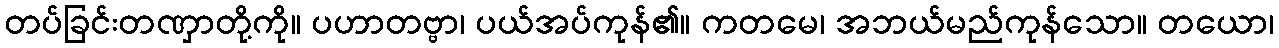
တပ်ခြင်းတဏှာတို့ကို။ ပဟာတဗ္ဗာ၊ ပယ်အပ်ကုန်၏။ ကတမေ၊ အဘယ်မည်ကုန်သော။ တယော၊